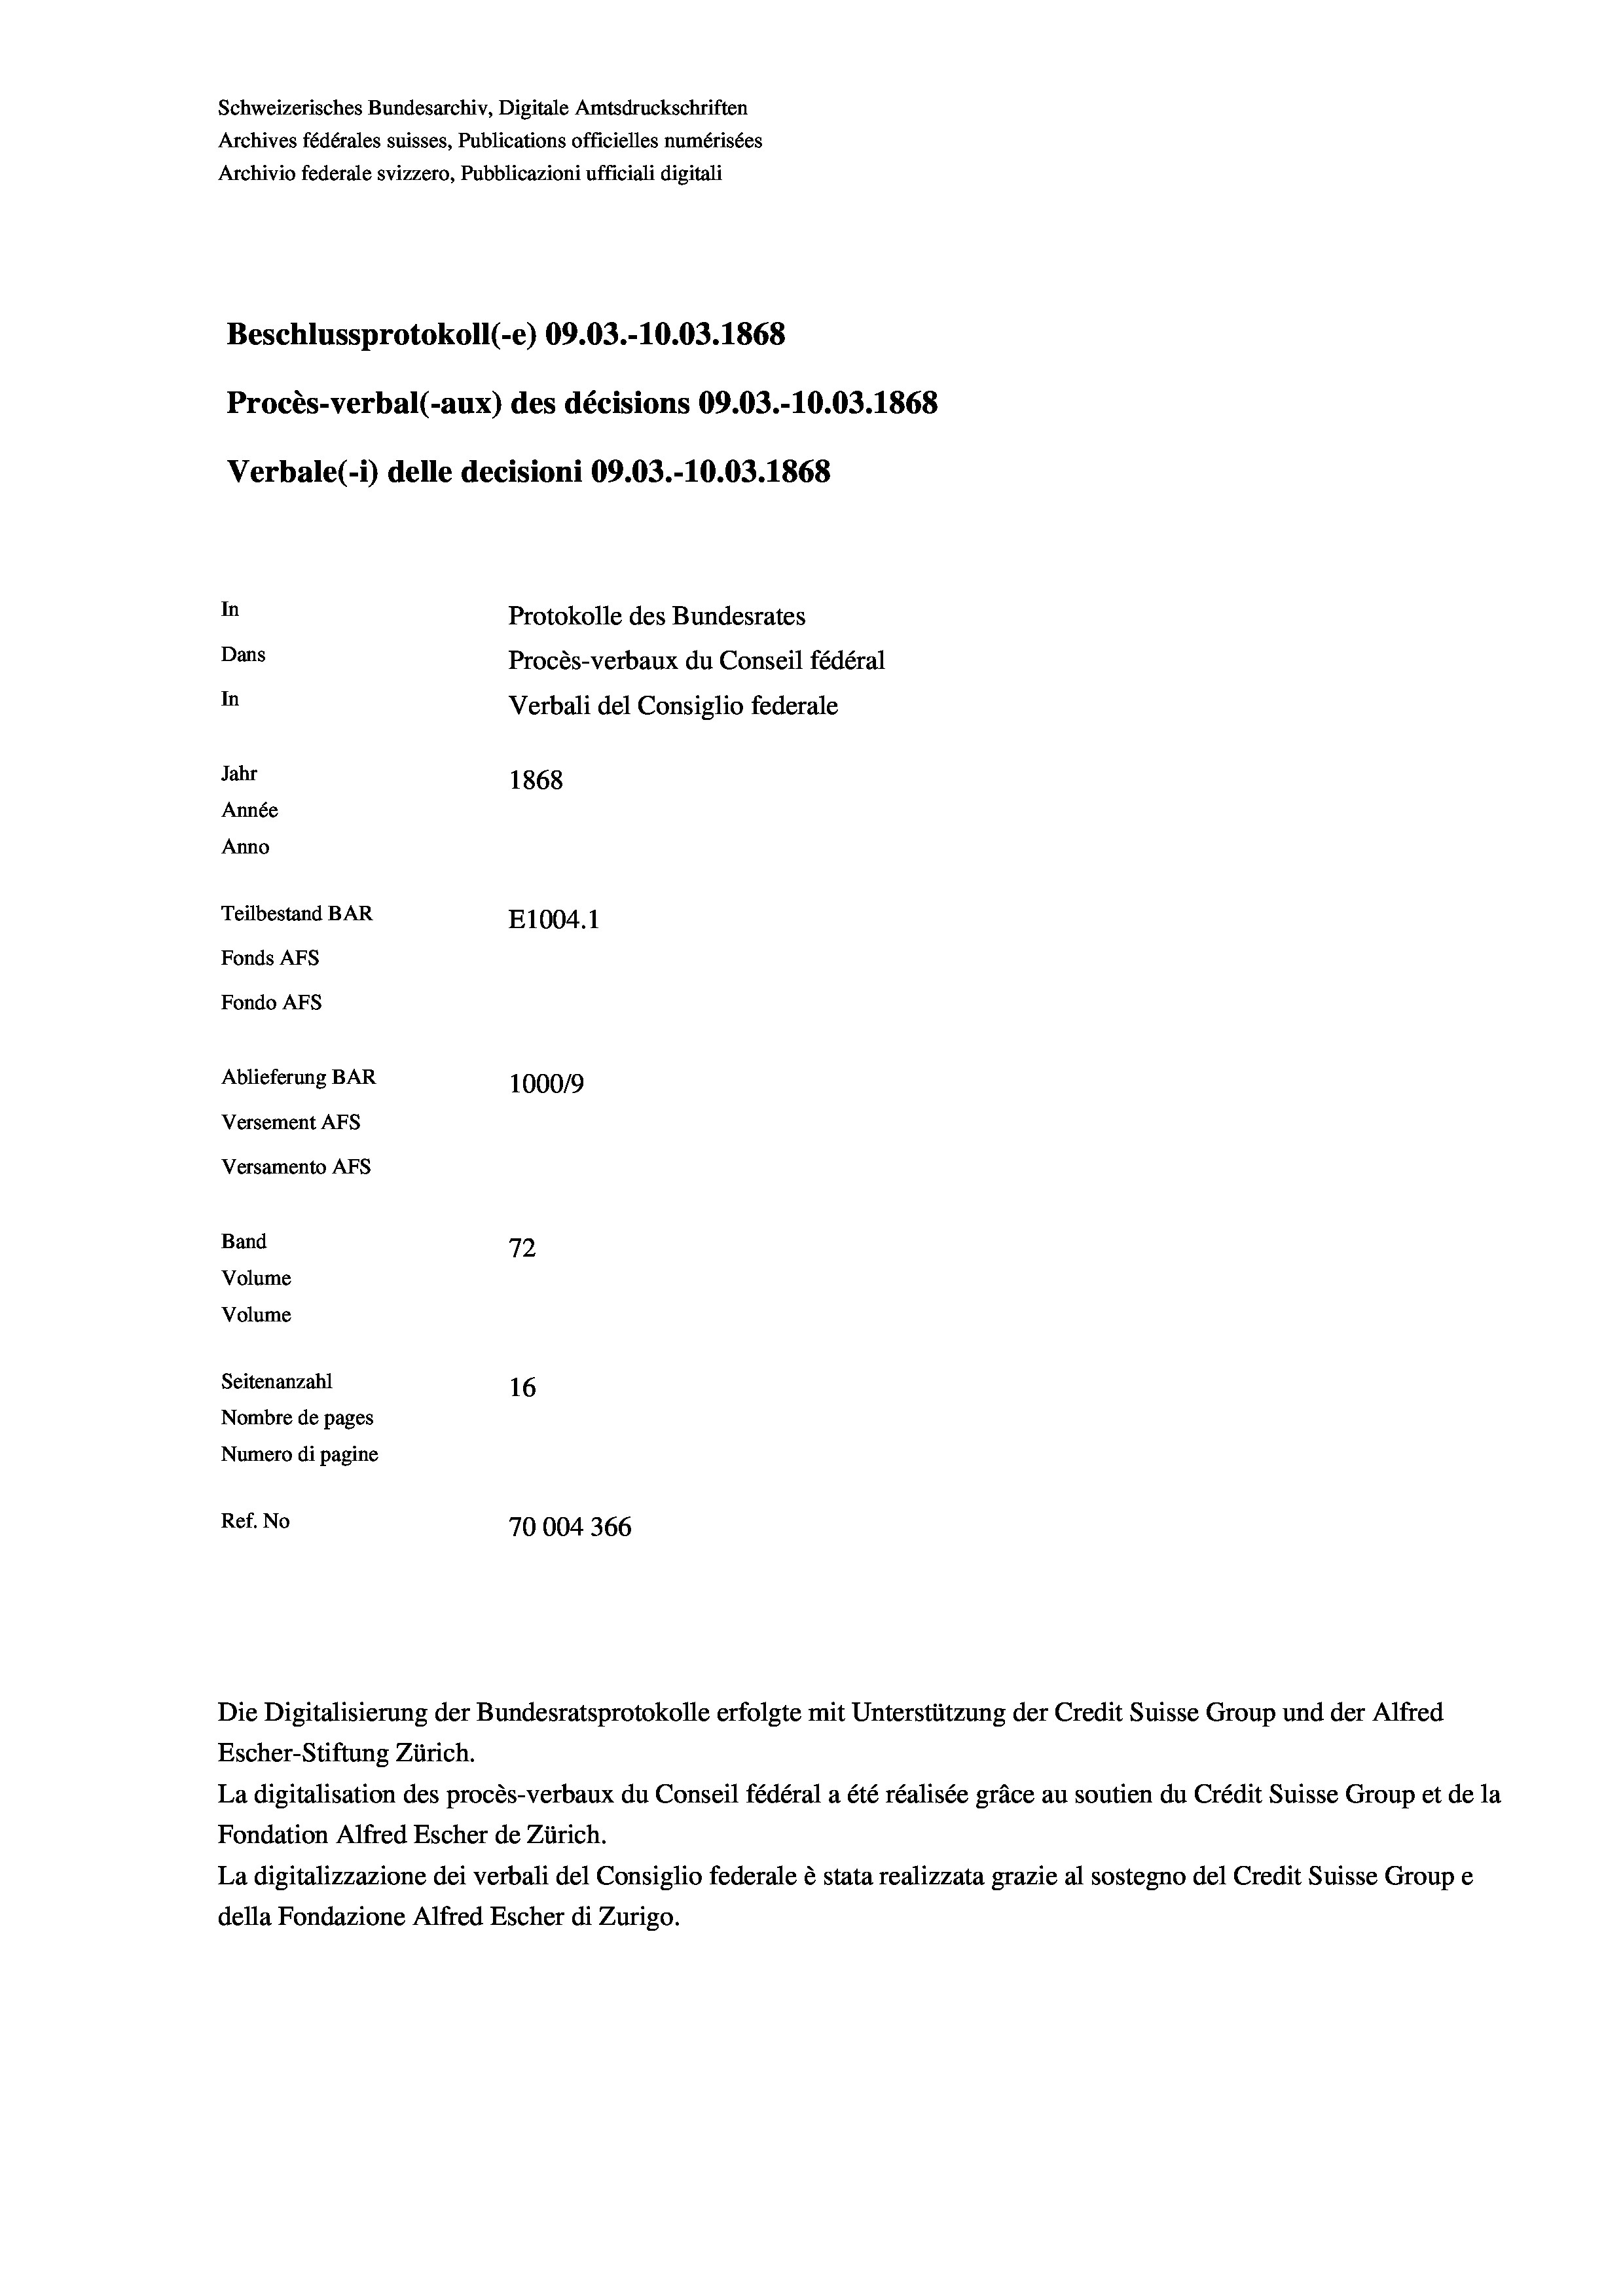
Beschlussprotokoll (-e) 09.03.-10.03. 1868
Procès-verbal (-aux) des décisions 09.03.-10.03. 1868
Verbale(-*) delle decisioni 09.03.-10.03. 1868
In
Protokolle des Bundesrates
Dans
Procès-verbaux du Conseil fédéral
In
Verbali del Consiglio federale
Jahr
1868
Année
Anno
Teilbestand BAR
E1004.1
Fonds AFs
Fondo Afs

Ablieferung BAR
Versement AFs
Versamento AFs
Band
Volume
Volume
Seitenanzahl

100019
e
72
16
Nombre de pages
Numero di pagine
Ref. No
70004366

Schweizerisches Bundesarchiv, Digitale Amtsdruckschriften
Archives fédérales suisses, Publications officielles numérisées
Archivio federale svizzero, Pubblicazioni ufficiali digitali

Escher-Stiftung Zürich.
La digitalisation des procès-verbaux du Conseil fédéral a été réalisée gräce au soutien du Crédit Suisse Group et de la
Fondation Alfred Escher de Zürich.
La digitalizzazione dei verbali del Consiglio federale è stata realizzata grazie al sostegno del Credit Suisse Groupe
della Fondazione Alfred Escher di Zurigo.

Die Digitalisierung der Bundesratsprotokolle erfolgte mit Unterstützung der Credit Suisse Group und der Alfred